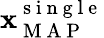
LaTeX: \boldsymbol{\mathbf{x}}_{\mathrm{{~M~A~P~}}}^{\mathrm{{~s~i~n~g~l~e~}}}